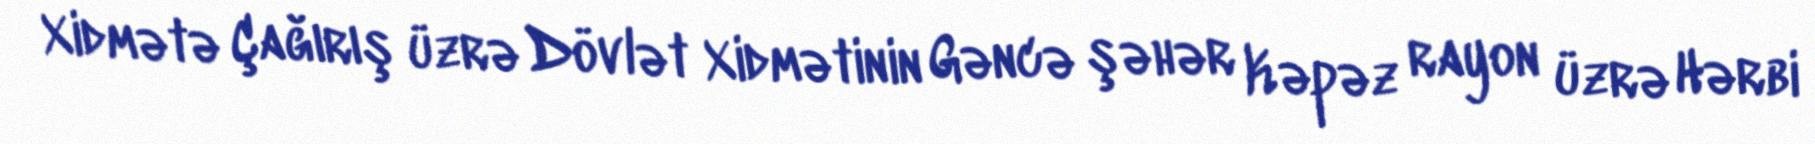
Xidmətə Çağırış üzrə Dövlət Xidmətinin Gəncə şəhər Kəpəz rayon üzrə Hərbi